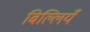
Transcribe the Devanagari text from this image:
बिल्लियँ